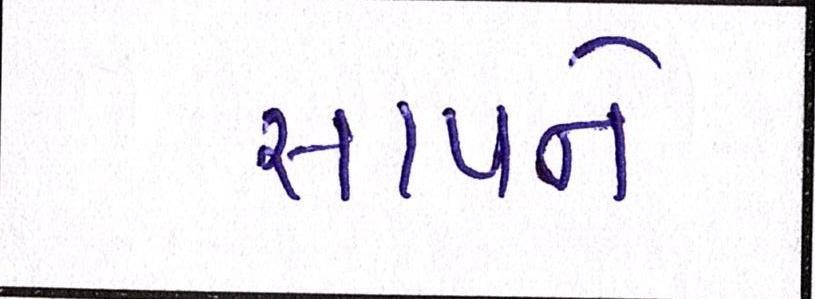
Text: સાપને